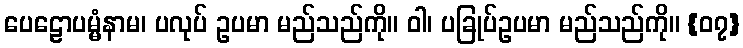
ပေဠောပမ္မံနာမ၊ ပလုပ် ဥပမာ မည်သည်ကို။ ဝါ၊ ပခြုပ်ဥပမာ မည်သည်ကို။ {၀၇}